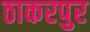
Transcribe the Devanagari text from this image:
ठाकरपुर